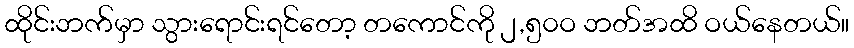
ထိုင်းဘက်မှာ သွားရောင်းရင်တော့ တကောင်ကို ၂,၅၀ဝ ဘတ်အထိ ဝယ်နေတယ်။